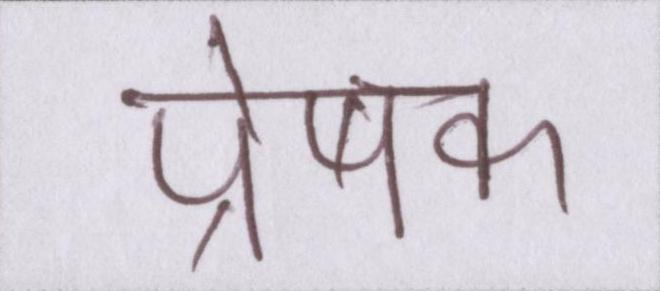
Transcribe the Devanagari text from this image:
प्रेषक